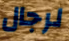
لرجال